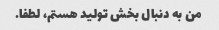
من به دنبال بخش تولید هستم، لطفا.